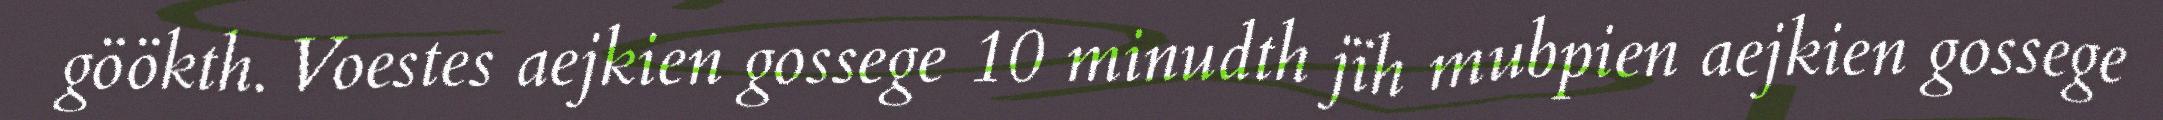
göökth. Voestes aejkien gossege 10 minudth jïh mubpien aejkien gossege